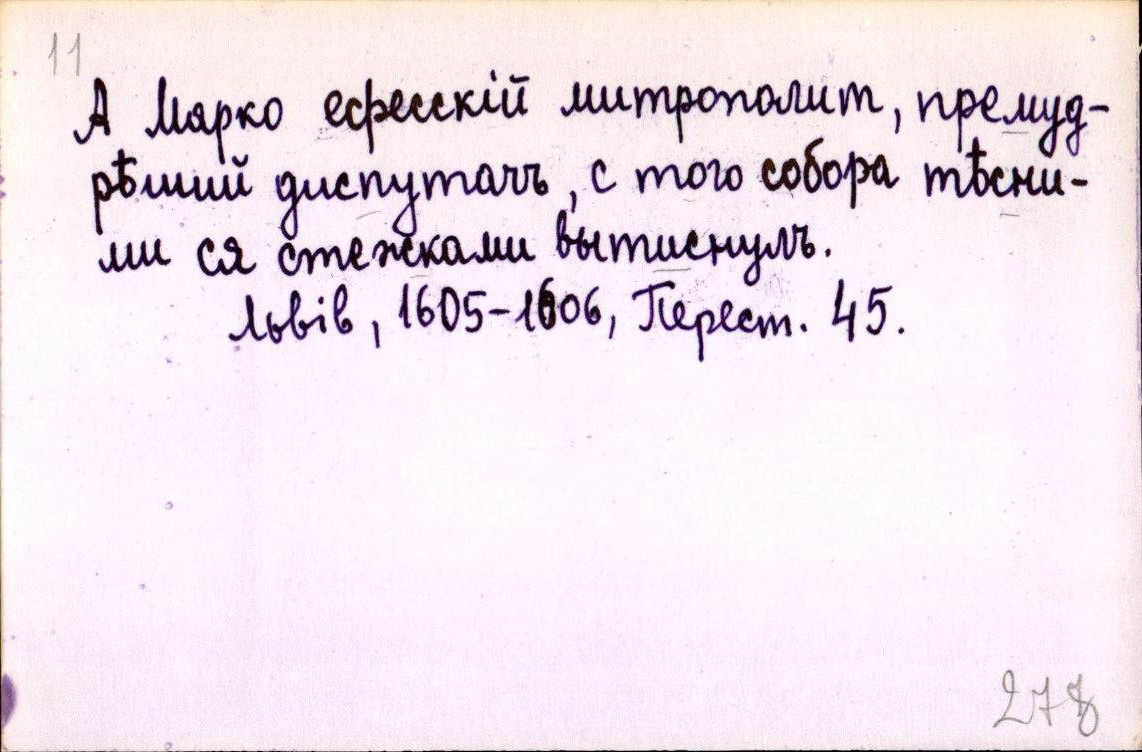
А Марко ефесскій митрополит, премуд-
рѣший диспутачъ, с того собора тѣсни-
ми ся стежками вытиснулъ.
Львів, 1605-1606, Перест. 45.